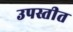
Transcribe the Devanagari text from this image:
उपस्तीत